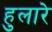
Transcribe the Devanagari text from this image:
हुलारे